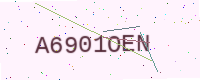
Text: A6901OEN